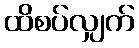
ထိစပ်လျှက်